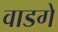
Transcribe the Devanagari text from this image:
वाडगे